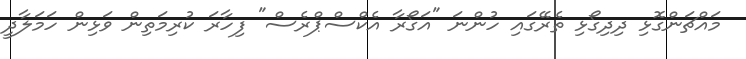
މައްޗަންގޮޅި ދިދިގޯޅި ތެރޭގައި ހުންނަ "އަގޯރާ އެކްސްޕްރެސް" ފިހާރަ ކުރިމަތިން ވަޅިން ހަމަލާދީ